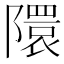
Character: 𮥥